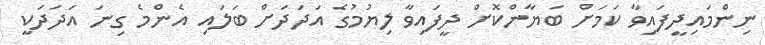
ނިންމައިދީފައިވާ ކަމަށް ބަޔާންކޮށް ދީފައިވާ ލިޔުމުގެ އަދަދަށް ބަލައި އެންމެ ގިނަ އަދަދަކީ